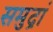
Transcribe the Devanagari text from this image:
समुद्रां